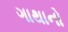
ગાથાનો